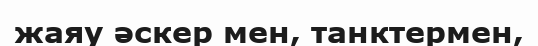
жаяу әскер мен, танктермен,